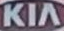
KIA